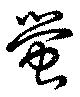
螢